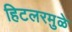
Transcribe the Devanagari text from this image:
हिटलरमुळे